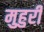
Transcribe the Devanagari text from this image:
मुहुरी